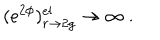
( e ^ { 2 \phi } ) _ { r \rightarrow 2 g } ^ { \mathrm { e l } } \rightarrow \infty \ .